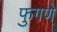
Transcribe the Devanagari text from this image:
फुगणे